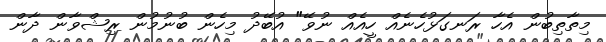
މިތާތިބުން އެހާ ރަނގަޅުހެނެއް ހީއެއް ނުވޭ" އުބޭދު މިހެން ބުނުމުން ރިޝްވާން ދާން